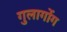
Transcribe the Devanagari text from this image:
गुलागोंग